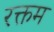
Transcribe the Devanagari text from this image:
रक्तम